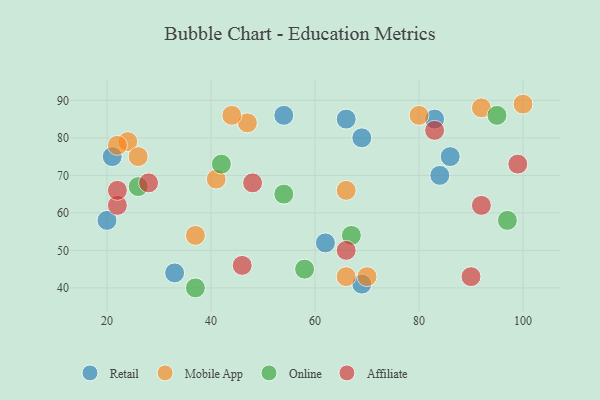
{"axis": {"x": "GDP", "y": "Life Expectancy"}, "legend": ["Affiliate", "Mobile App", "Online", "Retail"], "data": [{"x": "83", "y": 85, "type": "Retail"}, {"x": "69", "y": 41, "type": "Retail"}, {"x": "54", "y": 86, "type": "Retail"}, {"x": "69", "y": 80, "type": "Retail"}, {"x": "86", "y": 75, "type": "Retail"}, {"x": "21", "y": 75, "type": "Retail"}, {"x": "84", "y": 70, "type": "Retail"}, {"x": "33", "y": 44, "type": "Retail"}, {"x": "62", "y": 52, "type": "Retail"}, {"x": "66", "y": 85, "type": "Retail"}, {"x": "20", "y": 58, "type": "Retail"}, {"x": "92", "y": 88, "type": "Mobile App"}, {"x": "24", "y": 79, "type": "Mobile App"}, {"x": "37", "y": 54, "type": "Mobile App"}, {"x": "70", "y": 43, "type": "Mobile App"}, {"x": "22", "y": 78, "type": "Mobile App"}, {"x": "47", "y": 84, "type": "Mobile App"}, {"x": "66", "y": 43, "type": "Mobile App"}, {"x": "26", "y": 75, "type": "Mobile App"}, {"x": "66", "y": 66, "type": "Mobile App"}, {"x": "41", "y": 69, "type": "Mobile App"}, {"x": "100", "y": 89, "type": "Mobile App"}, {"x": "44", "y": 86, "type": "Mobile App"}, {"x": "80", "y": 86, "type": "Mobile App"}, {"x": "58", "y": 45, "type": "Online"}, {"x": "95", "y": 86, "type": "Online"}, {"x": "42", "y": 73, "type": "Online"}, {"x": "67", "y": 54, "type": "Online"}, {"x": "26", "y": 67, "type": "Online"}, {"x": "97", "y": 58, "type": "Online"}, {"x": "54", "y": 65, "type": "Online"}, {"x": "37", "y": 40, "type": "Online"}, {"x": "66", "y": 50, "type": "Affiliate"}, {"x": "28", "y": 68, "type": "Affiliate"}, {"x": "83", "y": 82, "type": "Affiliate"}, {"x": "92", "y": 62, "type": "Affiliate"}, {"x": "22", "y": 62, "type": "Affiliate"}, {"x": "90", "y": 43, "type": "Affiliate"}, {"x": "46", "y": 46, "type": "Affiliate"}, {"x": "48", "y": 68, "type": "Affiliate"}, {"x": "99", "y": 73, "type": "Affiliate"}, {"x": "22", "y": 66, "type": "Affiliate"}]}